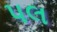
પલ